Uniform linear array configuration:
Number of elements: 24
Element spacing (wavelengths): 0.75
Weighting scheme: hann
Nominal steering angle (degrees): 0
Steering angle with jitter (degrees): -1.695
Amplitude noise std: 0.05
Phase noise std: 0.05

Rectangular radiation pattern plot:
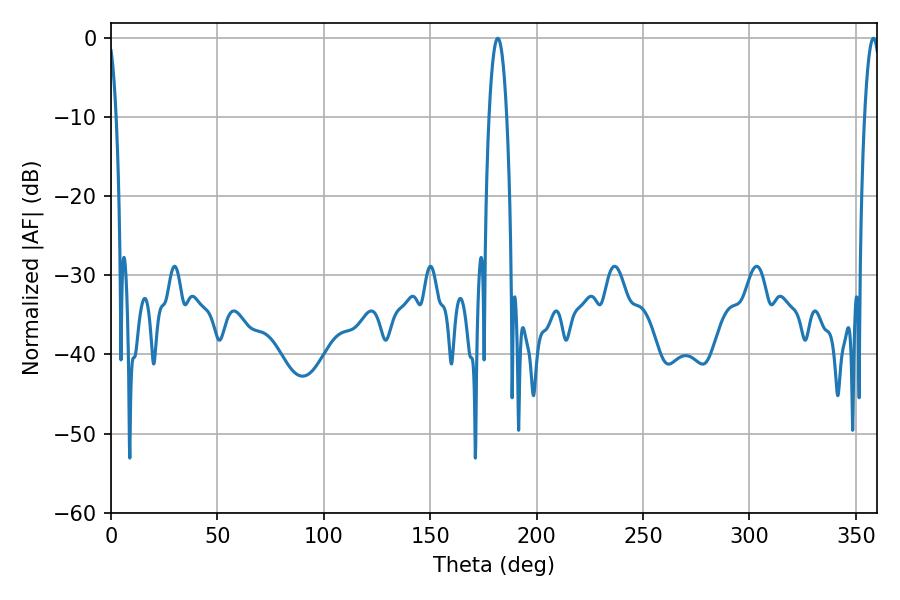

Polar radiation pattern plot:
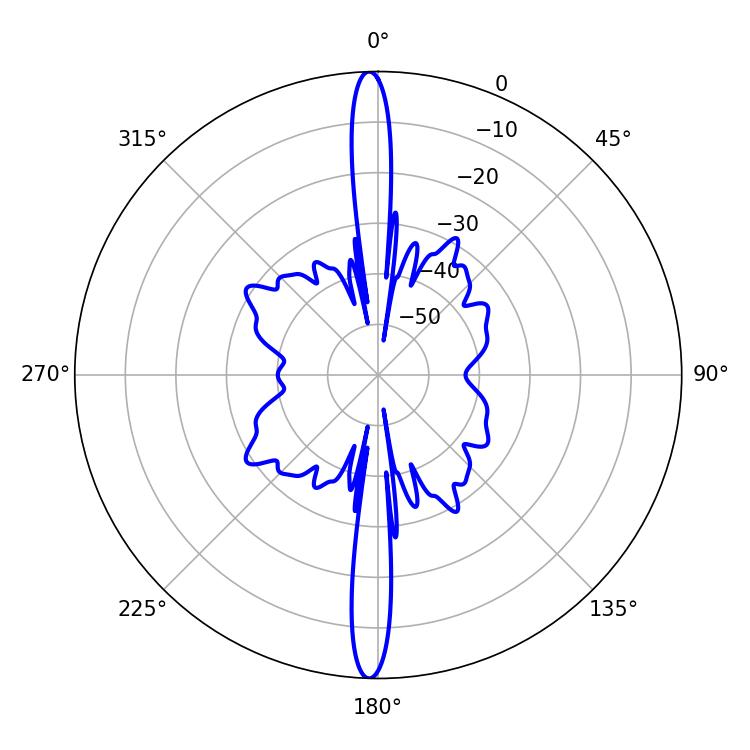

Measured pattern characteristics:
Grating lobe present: TRUE
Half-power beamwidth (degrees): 4.68
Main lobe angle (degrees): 181.8